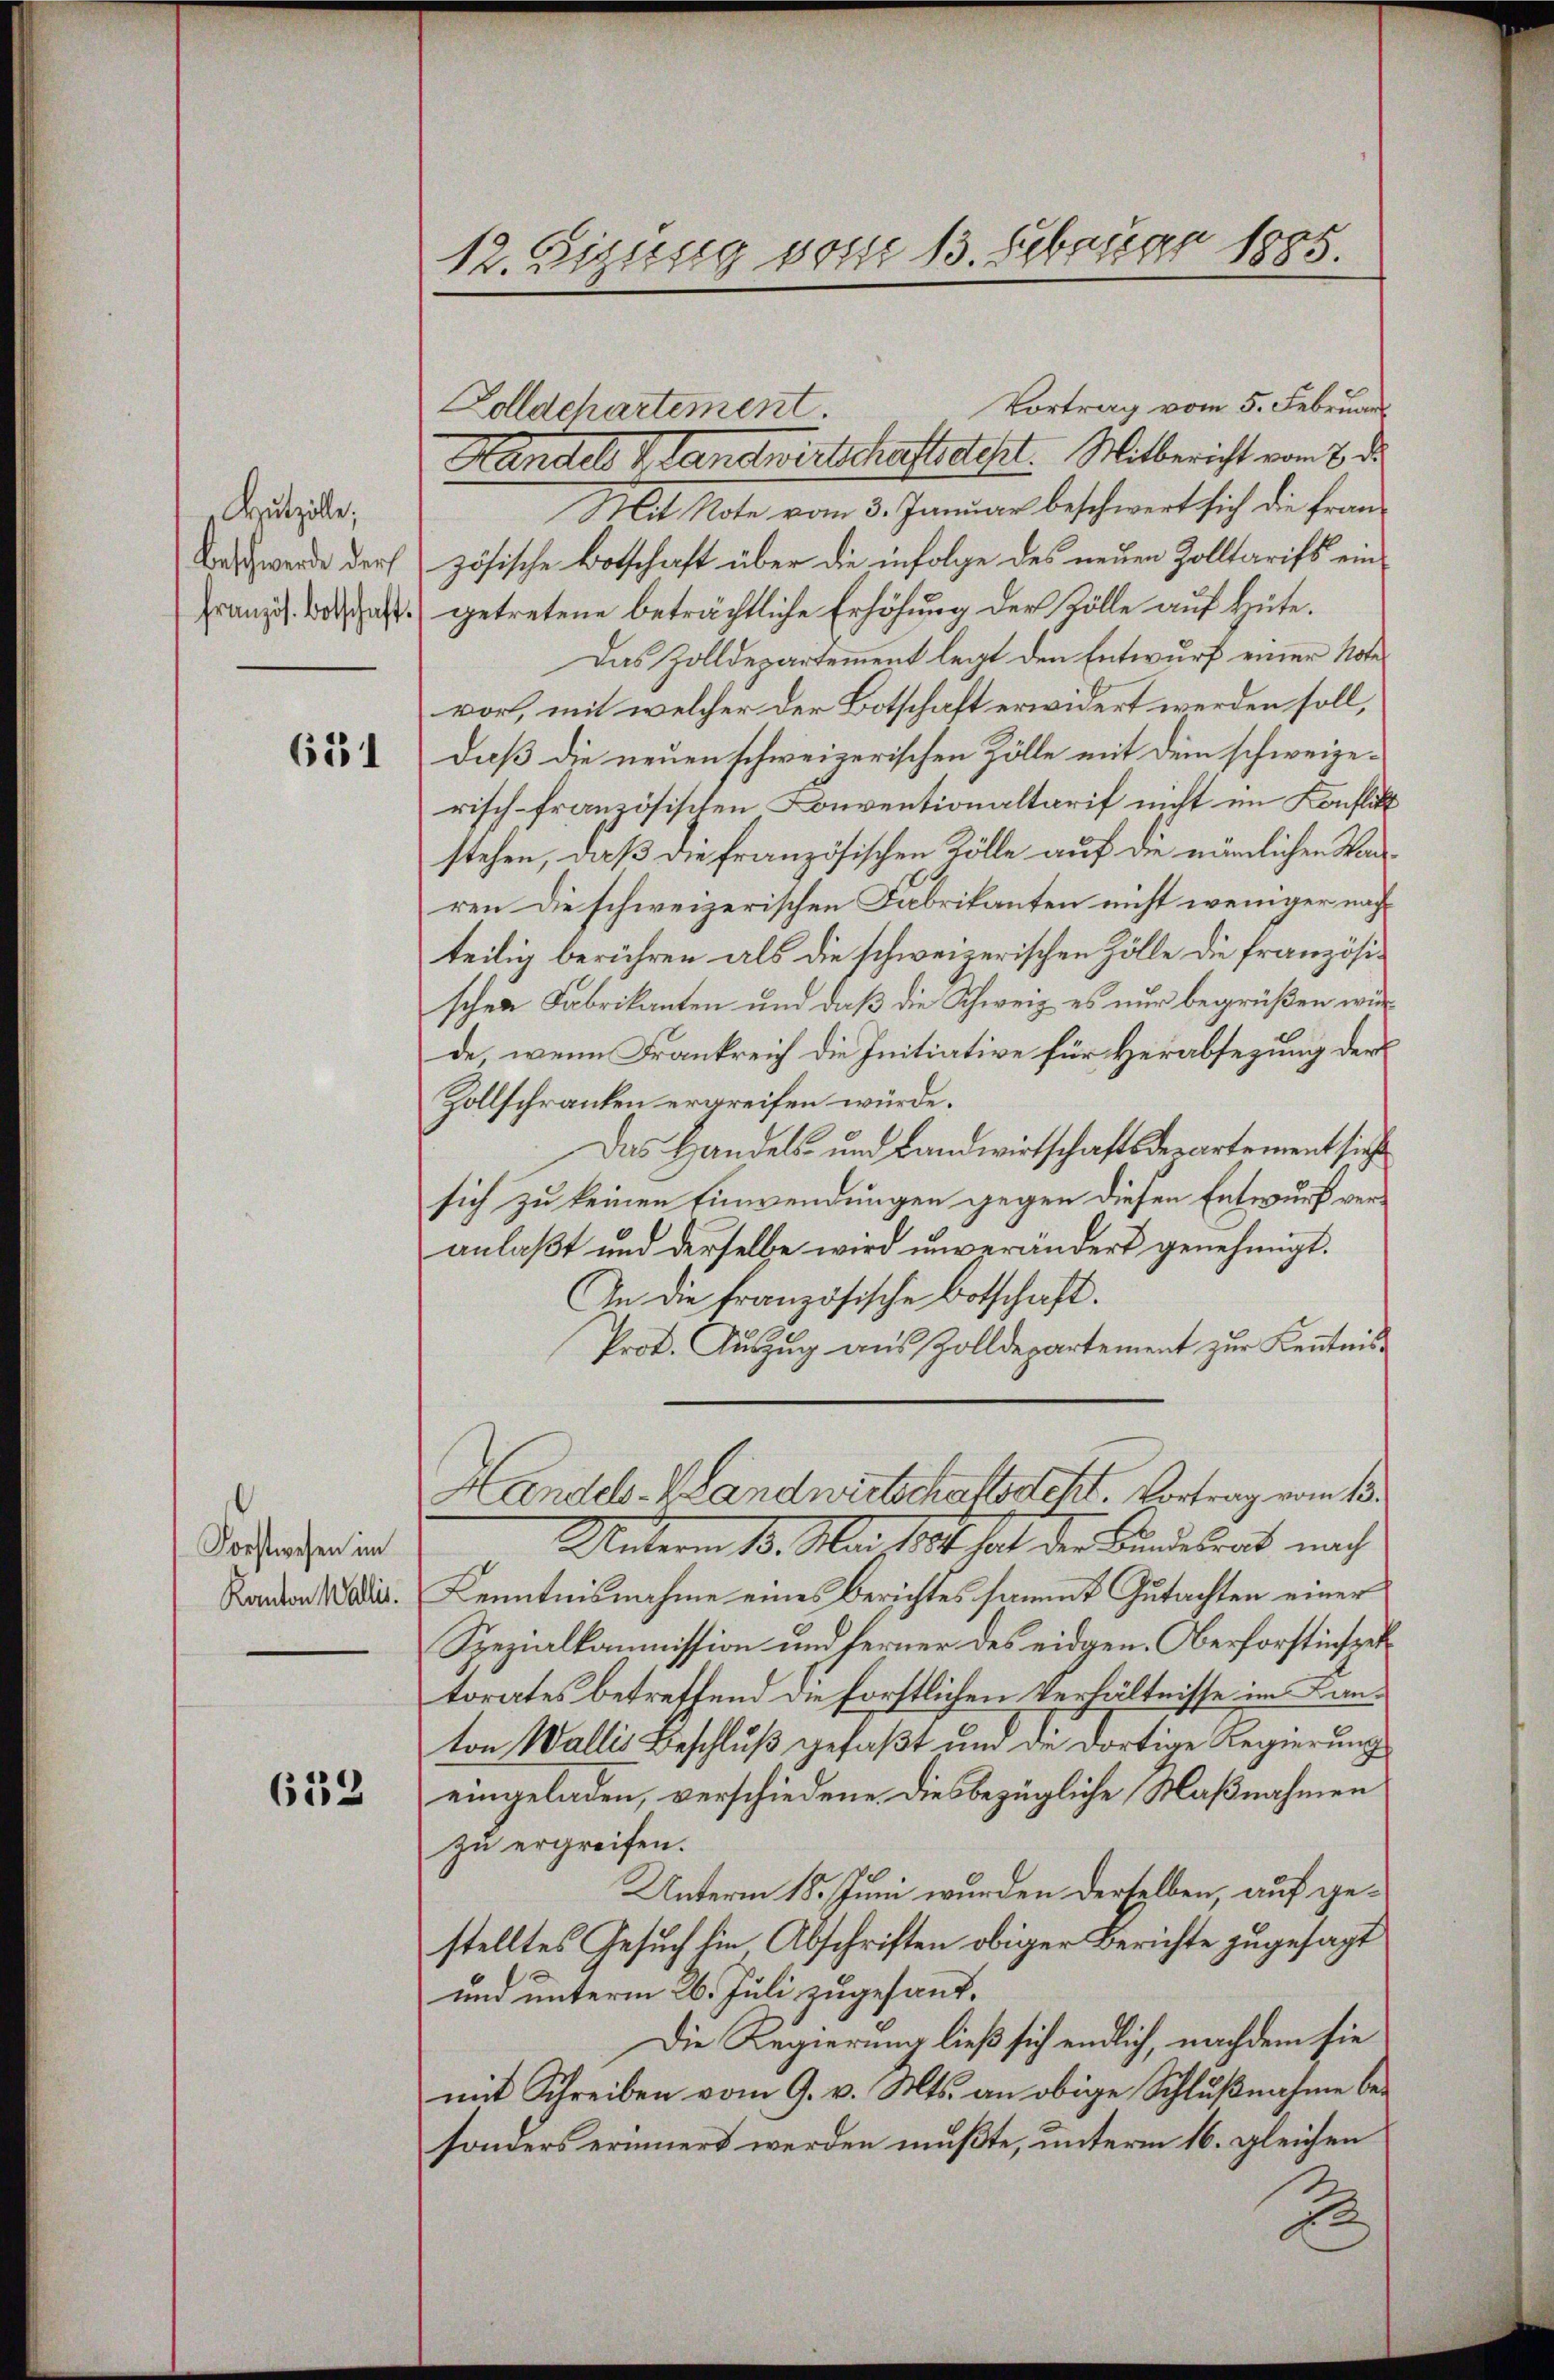
Butzolle;
Beschwerde der
französ. Botschaft.

651

Forstwesen im
Kanton Wallis.

633

12. Sigisseg vom 13. Februar 1885.

Vortrag vom 5. Februar
Handel Handwirtschaftsteht. Mitbericht vom 2 de
Mit Note vom 3. Januar beschwert sich die französische Botschaft über die infolge des neuen Zolltarifs ein
getretene beträchtliche Erhöhung der Zölle auf Hüte.
Das Zolldepartement legt den Entwurf einer Note
vor, mit welcher der Botschaft erwidert werden soll,
daß die neuen schweizerischen Zölle mit dem schweizerisch-französischen Conventionaltarif nicht im Konflikt
stehen, daß die französischen Kölle auf die nämlichen Warren die schweizerischen Fabrikanten nicht weniger nachteilig berühren als die schweizerischen Zölle die französischen Fabrikanten und daß die Schweiz es nur begrüßen wurde, wenn Frankreich die Initiative für Herabsezung der
Zollschranken ergreifen würde.
Das Handels- und Landwirtschaftsdepartement sich
sich zu keinen Einwendungen gegen diesen Entwurf veranlaßt und derselbe wird unverändert genehmigt.
An die französische Botschaft.
Prot. Aŭszŭg aŭs Zolldepartement zur Kenntnis
Handels-V Landwirtschaftssteht. Vortrag vom 13.
Unterm 18. Mai 1881 hat der Landelers nach
Kenntnisnahme eines Berichtes sammt Gutachten einer
Spezialkommission und ferner des eidgen. Oberforstinspek
torates betreffend die förstlichen Verhältnisse im Lanton Wallis Beschluß gefaßt und die dortige Regierung
eingeladen, verschiedene. Diesbezügliche Maßnahmen
zu ergreifen.
Unterm 18. Juni wurden derselben, auf gestelltes Gesuch hin Abschriften obiger Berichte zugesagt
und unterm 26. Juli zugesand¬
Die Regierung ließ sich endlich, nachdem sie
mit Schreiben vom 9. v. Mts. an obige Schlußnahme besonders erinnert werden mußte, unterm 16. gleichen
2

Zolldchartement.